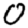
Digit: 0